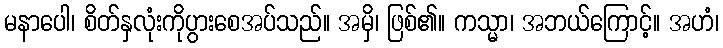
မနာပေါ၊ စိတ်နှလုံးကိုပွားစေအပ်သည်။ အမှိ၊ ဖြစ်၏။ ကသ္မာ၊ အဘယ်ကြောင့်။ အဟံ၊